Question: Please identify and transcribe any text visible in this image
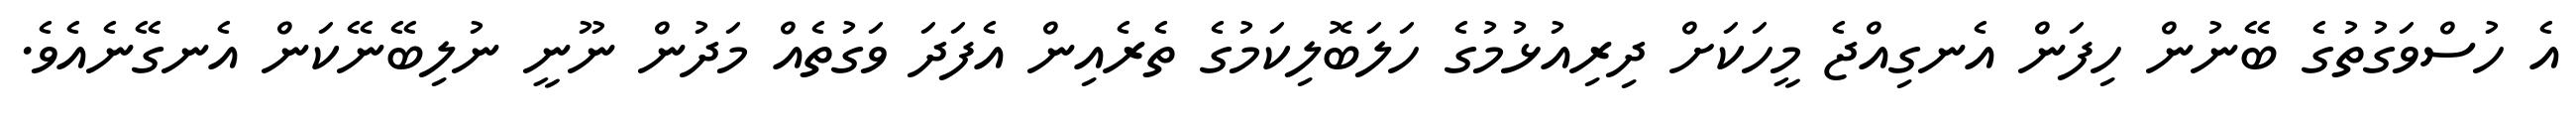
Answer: އެ ހުސްވަގުތުގެ ބޭނުން ހިފަން އެނގިއްޖެ މީހަކަށް ދިރިއުޅުމުގެ ހަލަބޮލިކަމުގެ ތެރެއިން އެފަދަ ވަގުތެއް މަދުން ނޫނީ ނުލިބޭނޭކަން އެނގޭނެއެވެ.